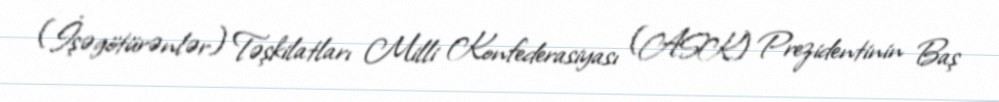
(İşəgötürənlər) Təşkilatları Milli Konfederasiyası (ASK) Prezidentinin Baş